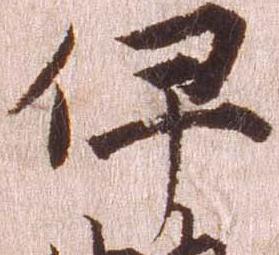
伊